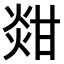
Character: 𤊼